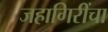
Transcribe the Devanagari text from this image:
जहागिरींचा